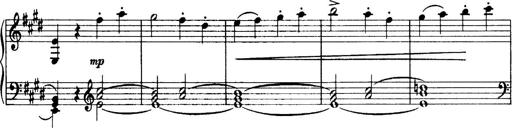
Title: 3 Sonatinas, Op.67
Composer: Jean Sibelius